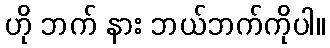
ဟို ဘက် နား ဘယ်ဘက်ကိုပါ။